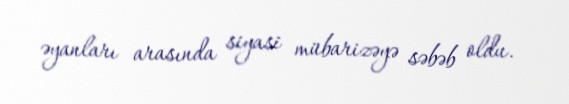
əyanları arasında siyasi mübarizəyə səbəb oldu.